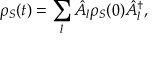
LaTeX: \rho _ { S } ( t ) = \sum _ { l } { \hat { A } } _ { l } \rho _ { S } ( 0 ) { \hat { A } } _ { l } ^ { \dagger } ,